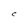
Character: C